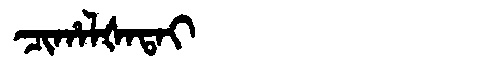
Manchu: ᠴᡳᡥᠠᠯᡧᠠᡨᠠᡳ
Romanization: CIHALŠATAI